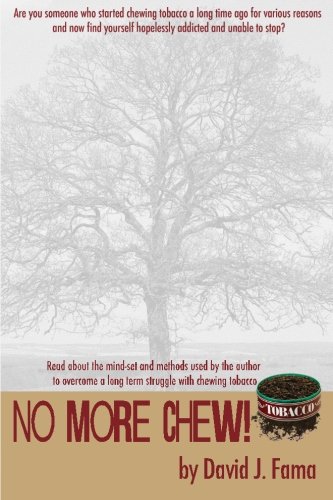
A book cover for No More Chew!; David J. Fama; Health, Fitness & Dieting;